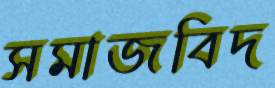
সমাজবিদ